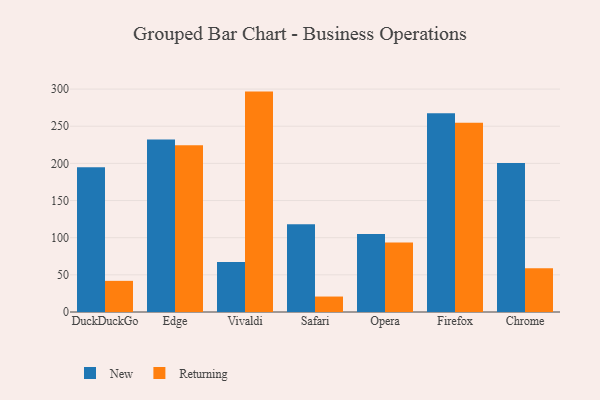
{"axis": {"x": "Browser", "y": "Production Output"}, "legend": ["New", "Returning"], "data": [{"x": "DuckDuckGo", "y": 194.7, "type": "New"}, {"x": "DuckDuckGo", "y": 41.9, "type": "Returning"}, {"x": "Edge", "y": 232.0, "type": "New"}, {"x": "Edge", "y": 224.5, "type": "Returning"}, {"x": "Vivaldi", "y": 67.4, "type": "New"}, {"x": "Vivaldi", "y": 296.6, "type": "Returning"}, {"x": "Safari", "y": 118.2, "type": "New"}, {"x": "Safari", "y": 20.8, "type": "Returning"}, {"x": "Opera", "y": 104.9, "type": "New"}, {"x": "Opera", "y": 93.5, "type": "Returning"}, {"x": "Firefox", "y": 267.4, "type": "New"}, {"x": "Firefox", "y": 254.6, "type": "Returning"}, {"x": "Chrome", "y": 200.4, "type": "New"}, {"x": "Chrome", "y": 58.9, "type": "Returning"}]}